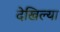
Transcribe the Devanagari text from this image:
देखिल्या